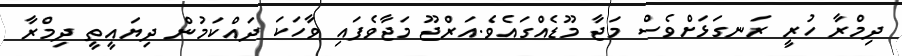
ދިމްރާ ހުރީ ރަނގަޅަށްވެސް މަޖާ މޫޑެއްގައެވެ.އަރްޖޫ މަޖާވެފައި ވާހަކަ ދައްކަމުން ދިޔައީތީ ދިމްރާ